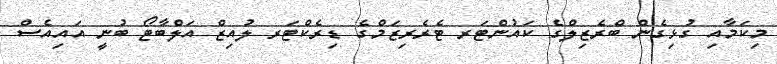
މިކަމާއި ގުޅިގެން ބްރެޒިލްގެ ކައުންޓަރ ޓެރެރިޒަމްގެ ޑިރެކްޓަރ ލުއިޒް އަލްބާޓޯ ބުނީ އައިއެސް